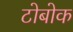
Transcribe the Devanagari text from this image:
टोबोक